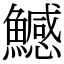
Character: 鱤